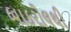
બાકરોલથી